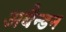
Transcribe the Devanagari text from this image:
अबैन्डन